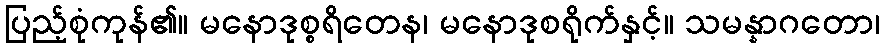
ပြည့်စုံကုန်၏။ မနောဒုစ္စရိတေန၊ မနောဒုစရိုက်နှင့်။ သမန္နာဂတော၊